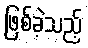
ဖြစ်ခဲ့သည့်